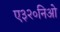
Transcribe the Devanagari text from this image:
ए३२०निओ